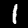
Digit: 1